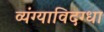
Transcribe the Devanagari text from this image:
व्यंग्याविदग्धा